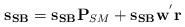
LaTeX: \begin{align*} {\mathbf{s}}_{\mathbf{SB}}= {\mathbf{s}}_{\mathbf{SB}} \mathbf{P}_{SM}+ {\mathbf{s}}_{\mathbf{SB}} {{\mathbf{w}}}^{'}{\mathbf{r}} \end{align*}